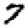
Digit: 7